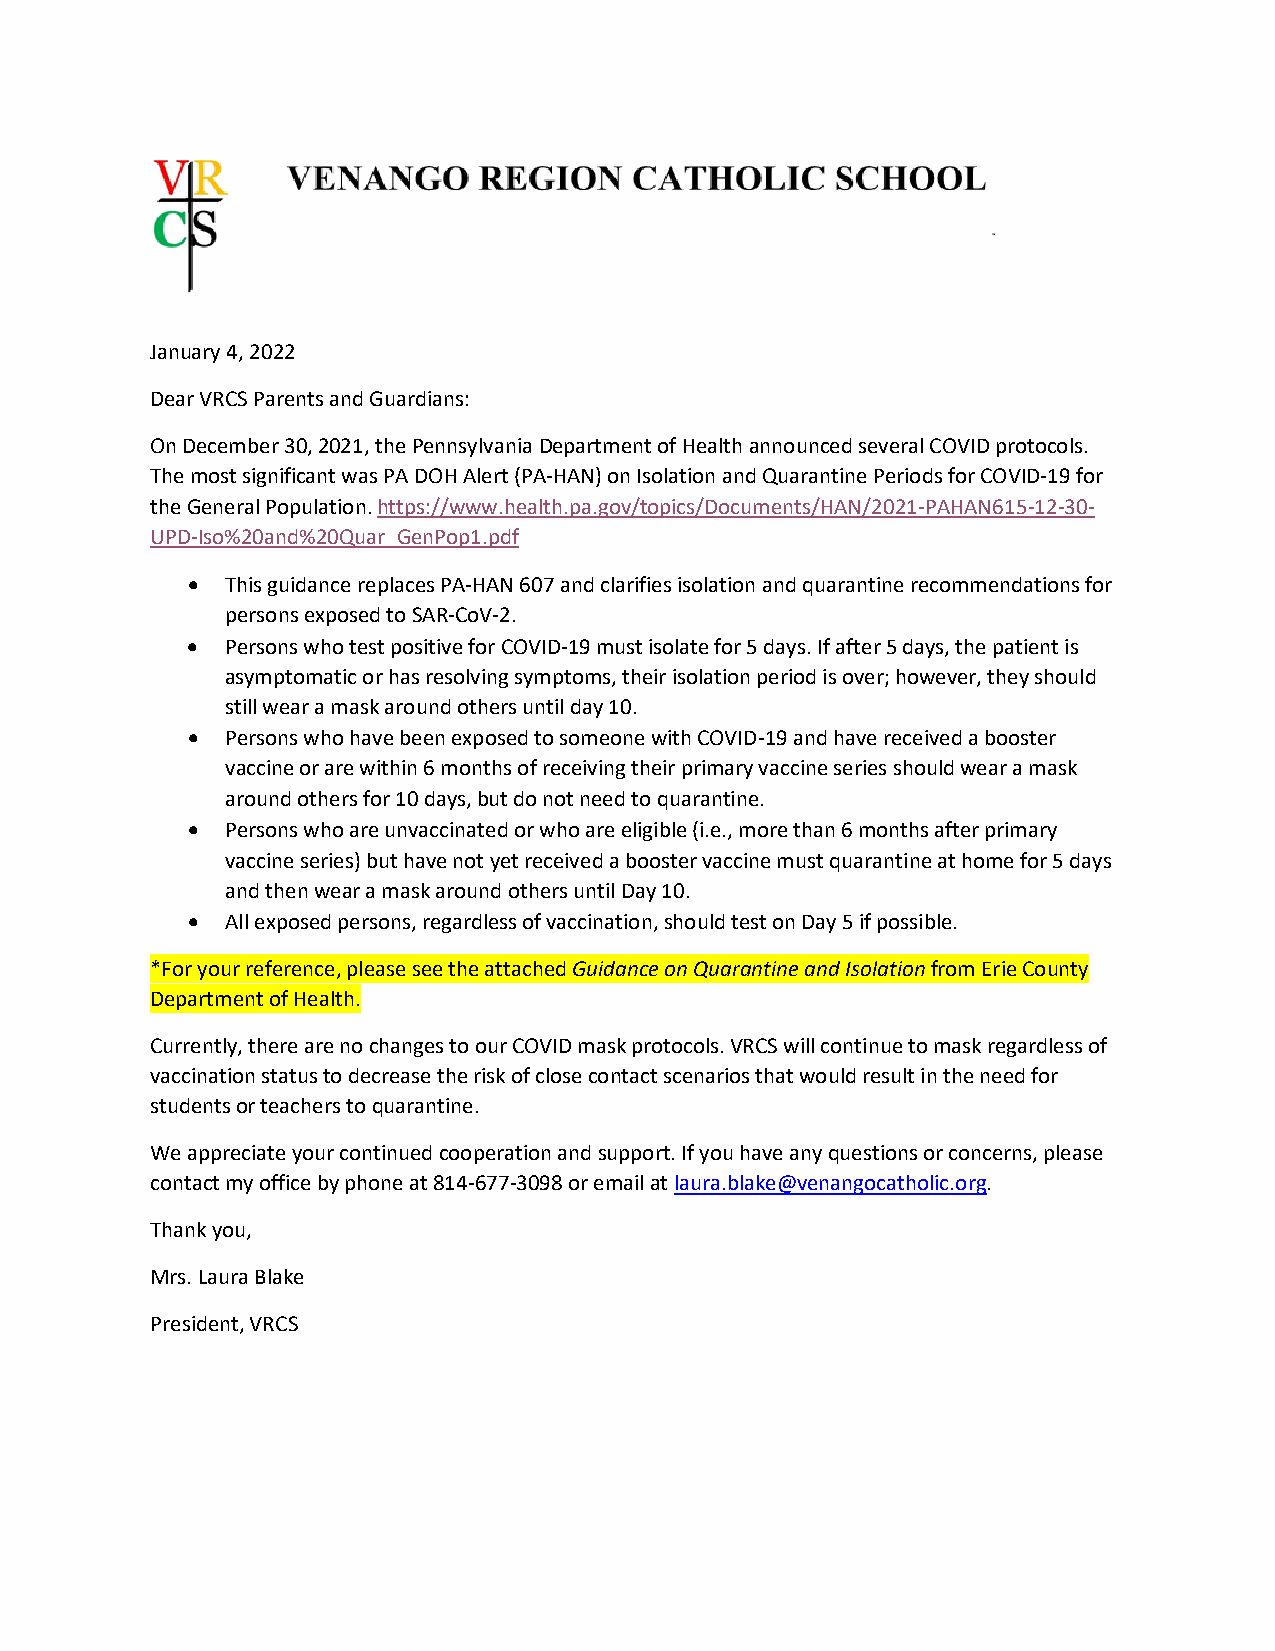
January 4, 2022
 Dear VRCS Parents and Guardians:
 On December 30, 2021, the Pennsylvania Department of Health announced several COVID protocols.
 The most significant was PA DOH Alert (PA-HAN) on Isolation and Quarantine Periods for COVID-19 for
 the General Population. https://www.health.pa.gov/topics/Documents/HAN/2021-PAHAN615-12-30-
 UPD-Iso%20and%20Quar_GenPop1.pdf
 •  This guidance replaces PA-HAN 607 and clarifies isolation and quarantine recommendations for
 persons exposed to SAR-CoV-2.
 •  Persons who test positive for COVID-19 must isolate for 5 days. If after 5 days, the patient is
 asymptomatic or has resolving symptoms, their isolation period is over; however, they should
 still wear a mask around others until day 10.
 •  Persons who have been exposed to someone with COVID-19 and have received a booster
 vaccine or are within 6 months of receiving their primary vaccine series should wear a mask
 around others for 10 days, but do not need to quarantine.
 •  Persons who are unvaccinated or who are eligible (i.e., more than 6 months after primary
 vaccine series) but have not yet received a booster vaccine must quarantine at home for 5 days
 and then wear a mask around others until Day 10.
 •  All exposed persons, regardless of vaccination, should test on Day 5 if possible.
 *For your reference, please see the attached Guidance on Quarantine and Isolation from Erie County
 Department of Health.
 Currently, there are no changes to our COVID mask protocols. VRCS will continue to mask regardless of
 vaccination status to decrease the risk of close contact scenarios that would result in the need for
 students or teachers to quarantine.
 We appreciate your continued cooperation and support. If you have any questions or concerns, please
 contact my office by phone at 814-677-3098 or email at laura.blake@venangocatholic.org.
 Thank you,
 Mrs. Laura Blake
 President, VRCS